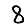
Digit: 8